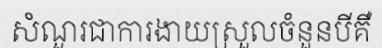
សំណួរជាការងាយស្រួលចំនួនបីគឺ